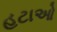
હટાઓ